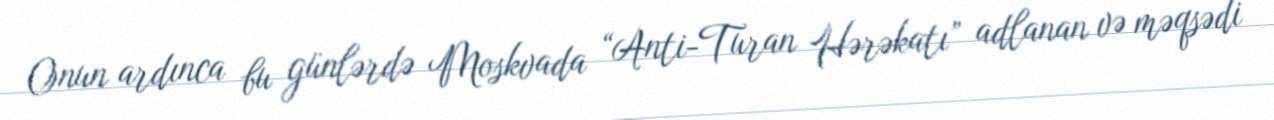
Onun ardınca bu günlərdə Moskvada “Anti-Turan Hərəkatı” adlanan və məqsədi